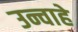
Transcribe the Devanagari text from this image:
उन्चाहे